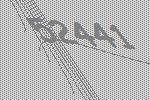
52441